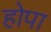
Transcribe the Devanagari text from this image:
होपा